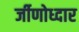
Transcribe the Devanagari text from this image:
र्जीणोध्दार